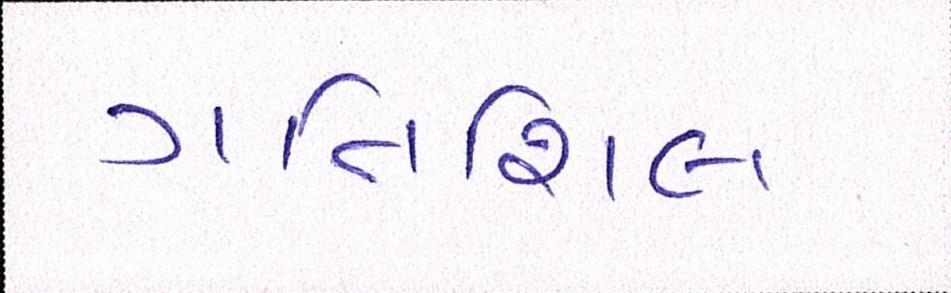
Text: ગતિશિલ